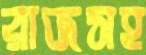
রাজসহ